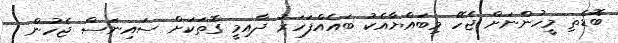
ބޮޑެތި މީހުންނަށް ޖެހޭ މިބައްޔާއެކު ބައެއްފަހަރު ދާއިމީ ގޮތަކަށް ސައިނަސް ޖެހުން